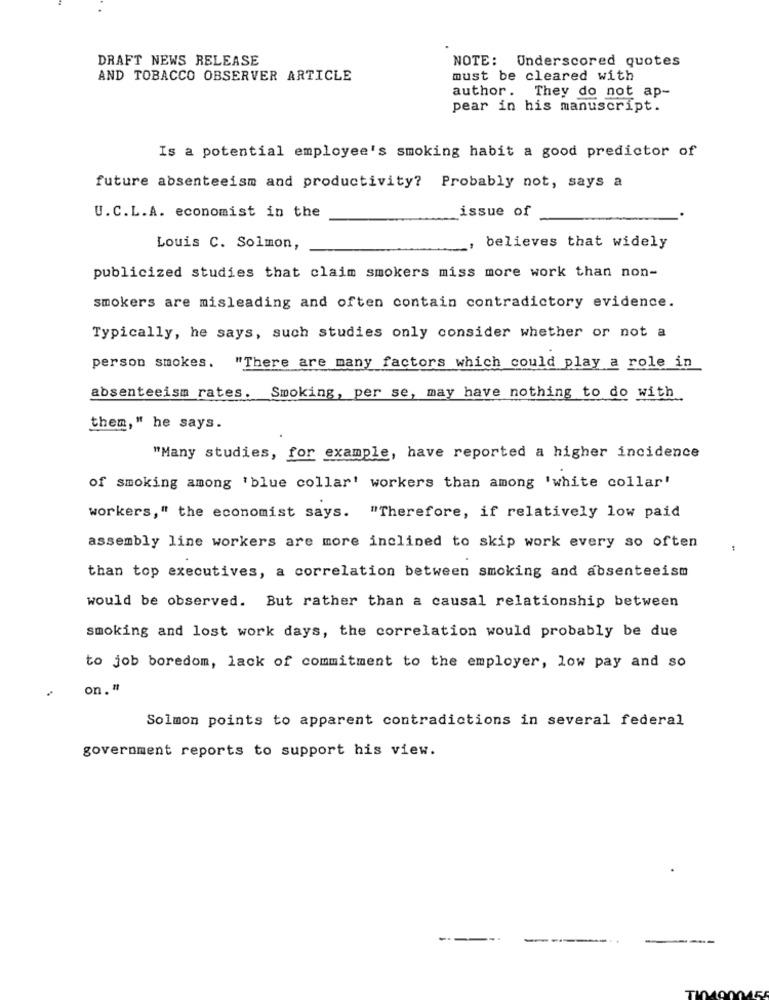
DRAFT NEWS RELEASE
NOTE: Underscored quotes
AND TOBACCO OBSERVER ARTICLE
must be cleared with
author. They do not ap-
pear in his manuscript.
Is a potential employee's smoking habit a good predictor of
future absenteeism and productivity? Probably not, says a
issue of
U.C.L.A. economist in the
Louis C. Solmon,
believes that widely
publicized studies that claim smokers miss more work than non-
smokers are misleading and often contain contradictory evidence.
Typically, he says, such studies only consider whether or not a
person smokes.
"There are many factors which could play a role in
absenteeism rates. Smoking, per se, may have nothing to do with
them," he says.
"Many studies, for example, have reported a higher incidence
of smoking among 'blue collar' workers than among 'white collar'
workers," the economist says. "Therefore, if relatively low paid
assembly line workers are more inclined to skip work every so often
than top executives, a correlation between smoking and absenteeism
would be observed. But rather than a causal relationship between
smoking and lost work days, the correlation would probably be due
to job boredom, lack of commitment to the employer, low pay and so
on. "
Solmon points to apparent contradictions in several federal
government reports to support his view.